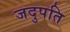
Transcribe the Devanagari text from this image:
जदुपति